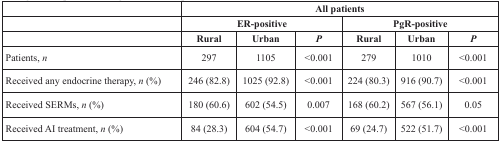
|  | <COLSPAN=6> All patients |
 |  | <COLSPAN=3> ER-positive | <COLSPAN=3> PgR-positive |
 |  | Rural | Urban | P | Rural | Urban | P |
 | --- | --- | --- | --- | --- | --- | --- |
 | Patients, n | 297 | 1105 | <0.001 | 279 | 1010 | <0.001 |
 | Received any endocrine therapy, n (%) | 246 (82.8) | 1025 (92.8) | <0.001 | 224 (80.3) | 916 (90.7) | <0.001 |
 | Received SERMs, n (%) | 180 (60.6) | 602 (54.5) | 0.007 | 168 (60.2) | 567 (56.1) | 0.05 |
 | Received AI treatment, n (%) | 84 (28.3) | 604 (54.7) | <0.001 | 69 (24.7) | 522 (51.7) | <0.001 |